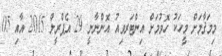
މިމަޤާމަށް މީހަކު ހޮވުމަށް އިންޓަރވިއު އޮންނާނީ 29 އެޕްރީލް 2015 އާއި 05